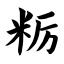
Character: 粝